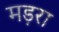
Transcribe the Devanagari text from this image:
मड़रा